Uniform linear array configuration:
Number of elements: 48
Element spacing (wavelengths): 0.75
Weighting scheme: kaiser
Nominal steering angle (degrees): -15
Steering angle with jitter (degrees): -16.254
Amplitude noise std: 0.05
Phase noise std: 0.05

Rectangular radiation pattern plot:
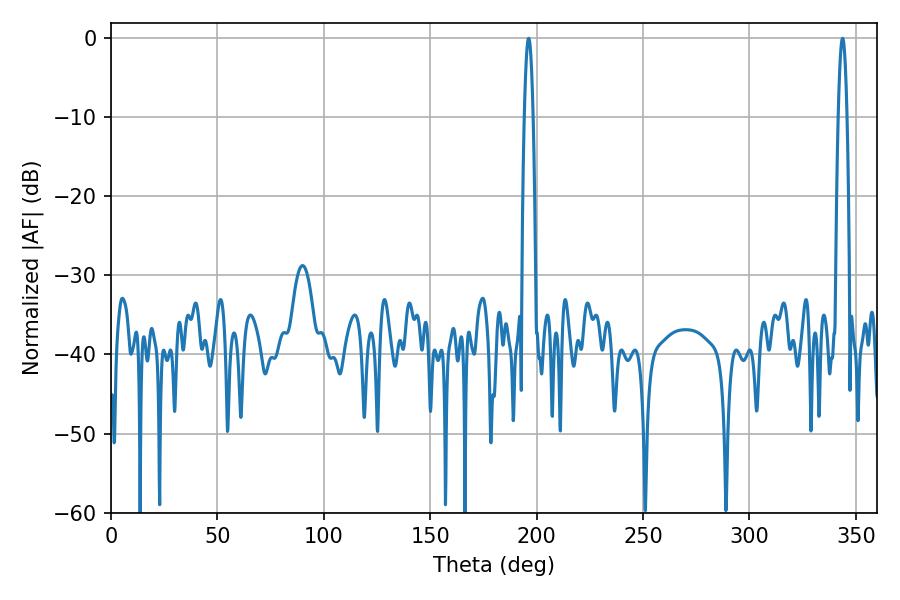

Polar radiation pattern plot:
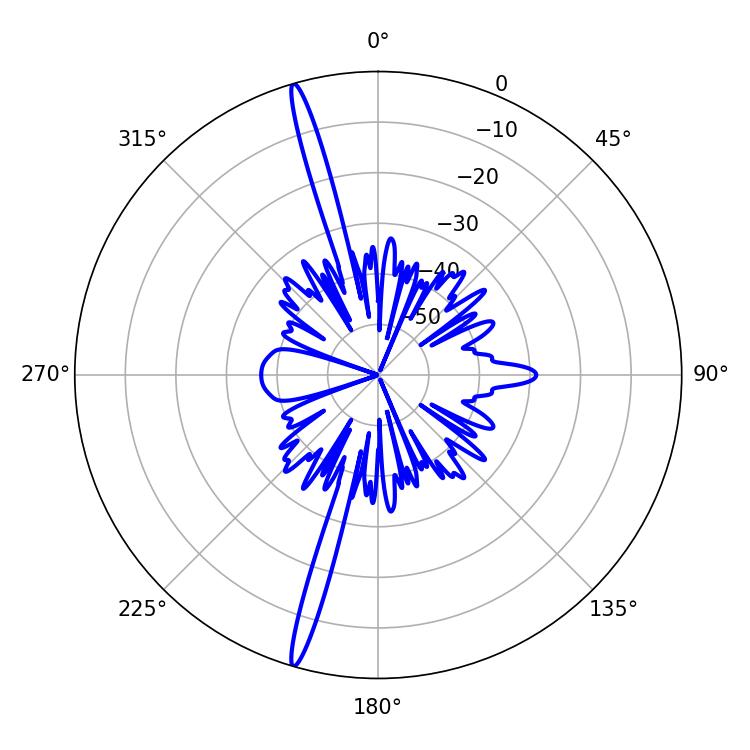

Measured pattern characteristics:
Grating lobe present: TRUE
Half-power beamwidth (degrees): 2.16
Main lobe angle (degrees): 196.2